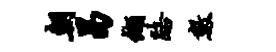
朝曷缬路数